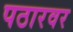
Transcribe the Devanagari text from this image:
पठारवर